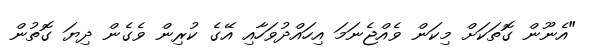
"އެނޫން ގޮތަކަށް މިކަން ވެއްޖެނަމަ އިހައްދުވަހާއި އޭގެ ކުރިން ވެގެން ދިޔަ ގޮތުން